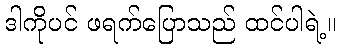
ဒါကိုပင် ဖရက်ပြောသည် ထင်ပါရဲ့။